On a parasite found in persons suffering from enlargement of the spleen in India - Number 15
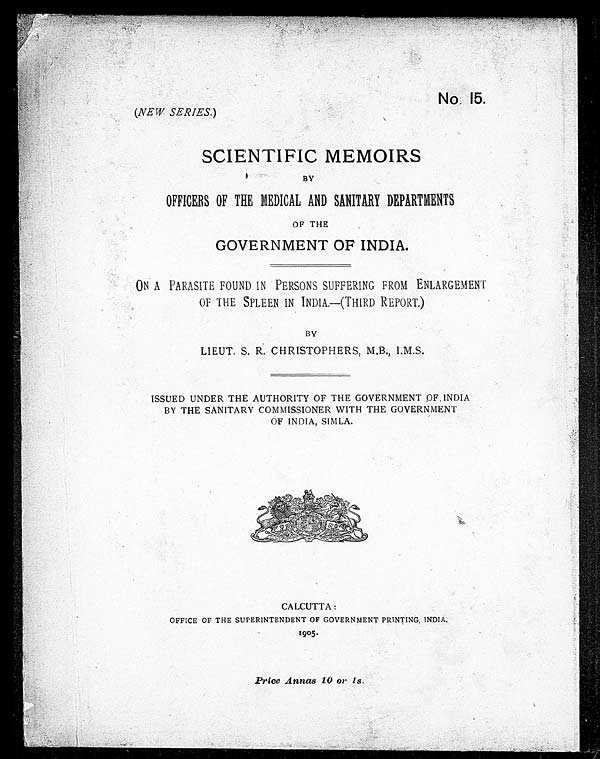
No. 15.
(NEW SERIES.)
SCIENTIFIC MEMOIRS
BY
OFFICERS OF THE MEDICAL AND SANITARY DEPARTMENTS
OF THE
GOVERNMENT OF INDIA.
ON A PARASITE FOUND IN PERSONS SUFFERING FROM ENLARGEMENT
OF THE SPLEEN IN INDIA.—(THIRD REPORT.)
BY
LIEUT. S. R. CHRISTOPHERS, M.B., I.M.S.
ISSUED UNDER THE AUTHORITY OF THE GOVERNMENT OF INDIA
BY THE SANITARY COMMISSIONER WITH THE GOVERNMENT
OF INDIA, SIMLA.
CALCUTTA:
OFFICE OF THE SUPERINTENDENT OF GOVERNMENT PRINTING, INDIA.
1905.
Price Annas 10 or 1s.